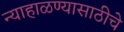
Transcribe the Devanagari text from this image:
न्याहाळण्यासाठीचे